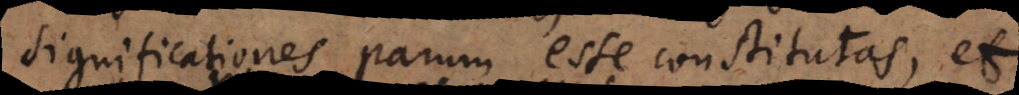
significationes parum esse constitutas, et